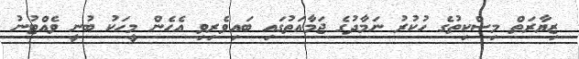
ޒިޔާރަތް މިސްކިތުގެ ހުކުރު ނަމާދުގެ ޖަމާއަތުގައި ބައިވެރިވި އެހެން މީހަކު ބުނީ ވެއްޓުނު